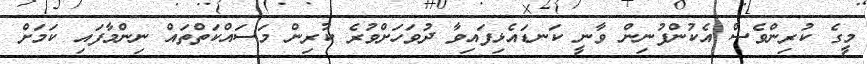
މީގެ ކުރިންވެސް އެކުންފުނިން ވާނީ ކަނޑައެޅިފައިވާ ދުވަހަށްވުރެ ކުރިން މަސައްކަތްތައް ނިންމާފައި ކަމަށް